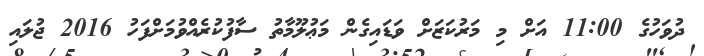
ދުވަހުގެ 11:00 އަށް މި މަރުކަޒަށް ވަޑައިގެން މަޢުލޫމާތު ސާފުކުރެއްވުމަށްފަހު 2016 ޖުލައި